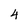
Character: 4